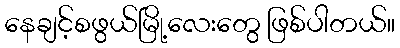
နေချင့်စဖွယ်မြို့လေးတွေ ဖြစ်ပါတယ်။